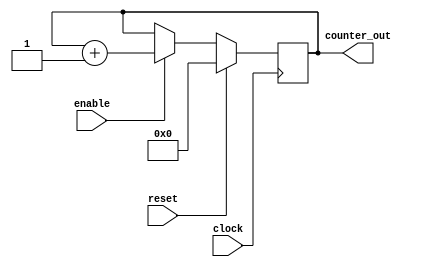
module counter (
clock
, // Clock input ot the design
reset
, // active high, synchronous Reset
enable, // Active high enabel signal for
counter_out
// 4 bit vector output of the counter
); // End of port list

//-------------Input Ports-----------------------------
input
clock
;
input
reset
;
input
enable
;

//-------------Output Ports----------------------------
output [3:0] counter_out ;

//-------------Input ports Data Type-------------------
// By rule all the input ports should be wires
wire
clock
;
wire
reset
;
wire
enable
;

//-------------Output Ports Data Type------------------
// Output port can be a storage element (reg) or a
reg [3:0] counter_out ;

//------------Code Starts Here-------------------------
// Since this counter is a positive edge trigged one,
// We trigger the below block with respect to positive
// edge of the clock.
always @ (posedge clock)
begin : COUNTER // Block Name
// At every rising edge of clock we check if reset is
// If active, we load the counter output with "0000"
if (reset == 1'b1) begin
counter_out <= #1 4'b000;
end
// If enable is active, then we increment the counter
else if (enable == 1'b1) begin
counter_out <= #1 counter_out + 1;
end
end // End of Block COUNTER
endmodule // End of Module counter